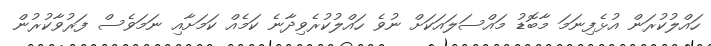
ހައްލުކުރަން އުޅެފިނަމަ މާބޮޑު މައްސަލައަކަށް ނުވެ ހައްލުކުރެވިދާނެ ކަމެއް ކަމަށާއި ނަމަވެސް ފަރުވާކުރުން